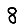
Digit: 8